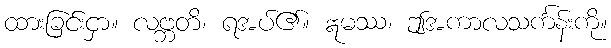
ထားခြင်းငှာ။ လဗ္ဘတိ၊ ရအပ်၏။ ဣမဿ၊ ဤအကာလသင်္ကန်းကို။